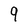
Character: 9